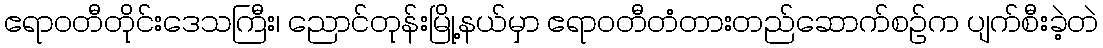
ဧရာဝတီတိုင်းဒေသကြီး၊ ညောင်တုန်းမြို့နယ်မှာ ဧရာဝတီတံတားတည်ဆောက်စဉ်က ပျက်စီးခဲ့တဲ